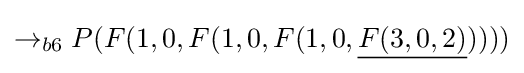
\rightarrow _{b6}P(F(1,0,F(1,0,F(1,0,{\underline {F(3,0,2)}}))))